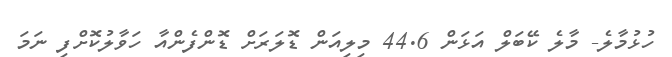
ހުޅުމާލެ- މާލެ ކޭބަލް އަޅަން 44.6 މިލިއަން ޑޮލަރަށް ޑޮންފެންއާ ހަވާލުކޮށްފި ނަމަ